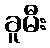
ခူမီး